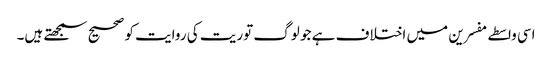
اسی واسطے مفسرین میں اختلاف ہے جو لوگ توریت کی روایت کو صحیح سمجھتے ہیں۔